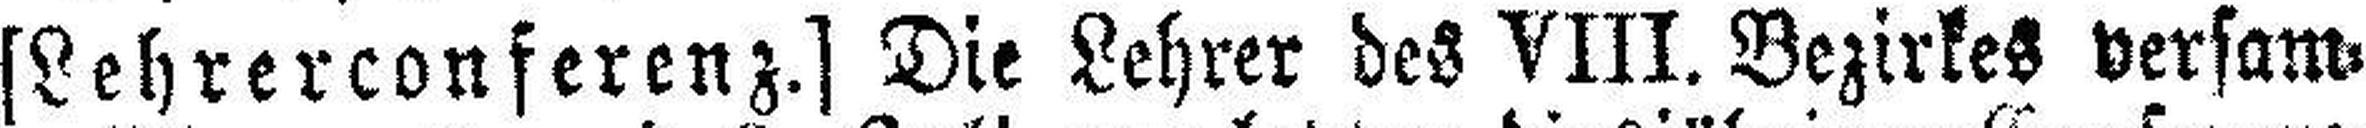
[Lehrerconferenz.] Die Lehrer des VIII. Bezirkes versam¬